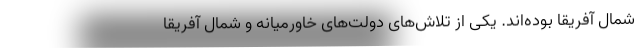
شمال آفریقا بوده‌اند. یکی از تلاش‌های دولت‌های خاورمیانه و شمال آفریقا